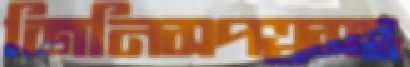
জিনিসপত্রসহ